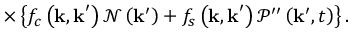
\times \left\{ f _ { c } \left( \mathbf { k , k } ^ { \prime } \right) \mathcal { N } \left( \mathbf { k } ^ { \prime } \right) + f _ { s } \left( \mathbf { k , k } ^ { \prime } \right) \mathcal { P } ^ { \prime \prime } \left( \mathbf { k } ^ { \prime } , t \right) \right\} .